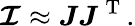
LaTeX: \boldsymbol{\mathcal{I}}\approx\boldsymbol{J}\boldsymbol{J}^{\mathrm{~T~}}.